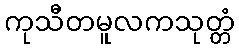
ကုသီတမူလကသုတ္တံ